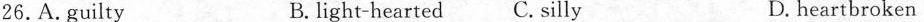
26.A. guilty B. light-hearted C. Silly D. heartbroken